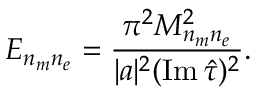
E _ { n _ { m } n _ { e } } = { \frac { \pi ^ { 2 } M _ { n _ { m } n _ { e } } ^ { 2 } } { | a | ^ { 2 } ( \mathrm { I m } \, \hat { \tau } ) ^ { 2 } } } .